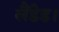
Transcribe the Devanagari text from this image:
लैंडेड।